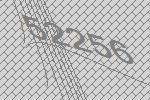
52256